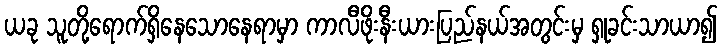
ယခု သူတို့ရောက်ရှိနေသောနေရာမှာ ကာလီဖိုးနီးယားပြည်နယ်အတွင်းမှ ရှုခင်းသာယာ၍